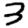
Digit: 3